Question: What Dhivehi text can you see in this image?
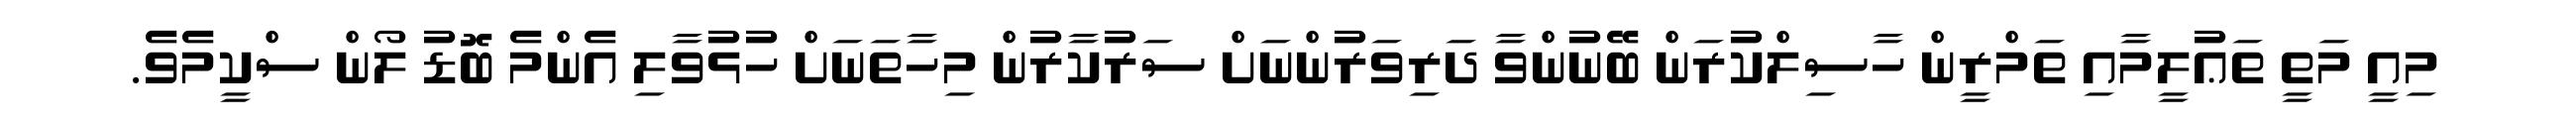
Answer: މިއީ މަތީ ތަޢުލީމާއި ތަމްރީން ހާސިލްކުރަން ބޭނުންވާ ދަރިވަރުންނަށް ސަރުކާރުން މިހާތަނަށް ހުޅުވާލި އެންމެ ބޮޑު ލޯން ސްކީމެވެ.